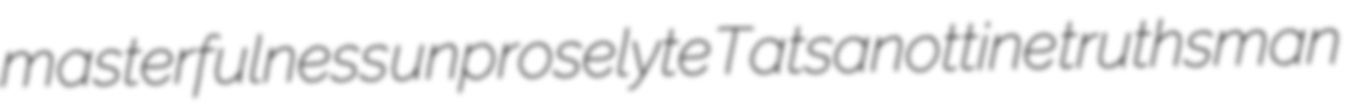
masterfulness unproselyte Tatsanottine truthsman